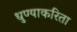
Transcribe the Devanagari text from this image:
धुण्याकरिता